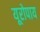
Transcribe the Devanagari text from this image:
यूरोपाय